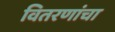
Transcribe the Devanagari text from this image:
वितरणांचा